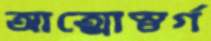
আত্মোস্বর্গ